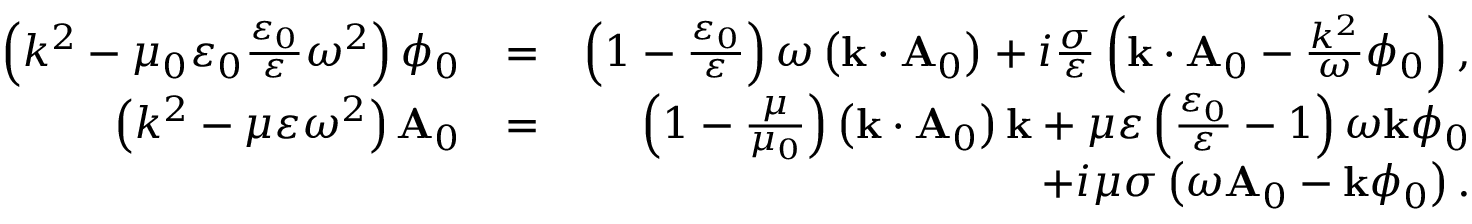
\begin{array} { r l r } { \left( k ^ { 2 } - \mu _ { 0 } \varepsilon _ { 0 } \frac { \varepsilon _ { 0 } } { \varepsilon } \omega ^ { 2 } \right) \phi _ { 0 } } & { = } & { \left( 1 - \frac { \varepsilon _ { 0 } } { \varepsilon } \right) \omega \left( \mathbf { k } \cdot \mathbf { A } _ { 0 } \right) + i \frac { \sigma } { \varepsilon } \left( \mathbf { k } \cdot \mathbf { A } _ { 0 } - \frac { k ^ { 2 } } { \omega } \phi _ { 0 } \right) , } \\ { \left( k ^ { 2 } - \mu \varepsilon \omega ^ { 2 } \right) \mathbf { A } _ { 0 } } & { = } & { \left( 1 - \frac { \mu } { \mu _ { 0 } } \right) \left( \mathbf { k } \cdot \mathbf { A } _ { 0 } \right) \mathbf { k } + \mu \varepsilon \left( \frac { \varepsilon _ { 0 } } { \varepsilon } - 1 \right) \omega \mathbf { k } \phi _ { 0 } } \\ & { } & { + i \mu \sigma \left( \omega \mathbf { A } _ { 0 } - \mathbf { k } \phi _ { 0 } \right) . } \end{array}